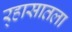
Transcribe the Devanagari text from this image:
र्‍हासातला